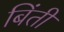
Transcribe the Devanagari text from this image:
बिंती